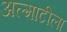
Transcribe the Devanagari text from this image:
अल्माटीला